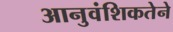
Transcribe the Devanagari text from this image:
आनुवंशिकतेने